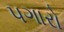
પગારો